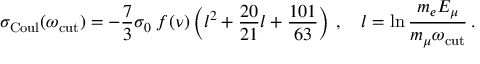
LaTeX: \sigma _ { \mathrm { C o u l } } ( \omega _ { \mathrm { c u t } } ) = - \frac { 7 } { 3 } \sigma _ { 0 } \; f ( \nu ) \left( l ^ { 2 } + \frac { 2 0 } { 2 1 } l + \frac { 1 0 1 } { 6 3 } \right) \, , \ \ \ l = \ln \frac { m _ { e } E _ { \mu } } { m _ { \mu } \omega _ { \mathrm { c u t } } } \, .